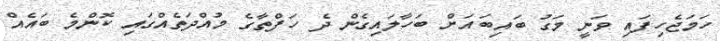
ހަމަޖެހިފައި ވަނީ މަގު ބައިބައަށް ބަހާލައިގެން ދެ ހަފްތާގެ މުއްދަތެއްގައި ކޮންމެ ބައެއް